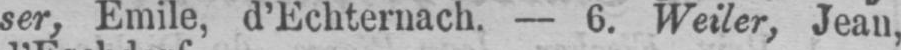
ser, Emile, d’Echternach. - 6. Weiler, Jean,